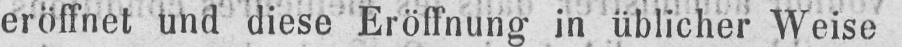
eröffnet und diese Eröffnung in üblicher Weise